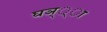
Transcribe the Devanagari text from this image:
घञ््‌ा